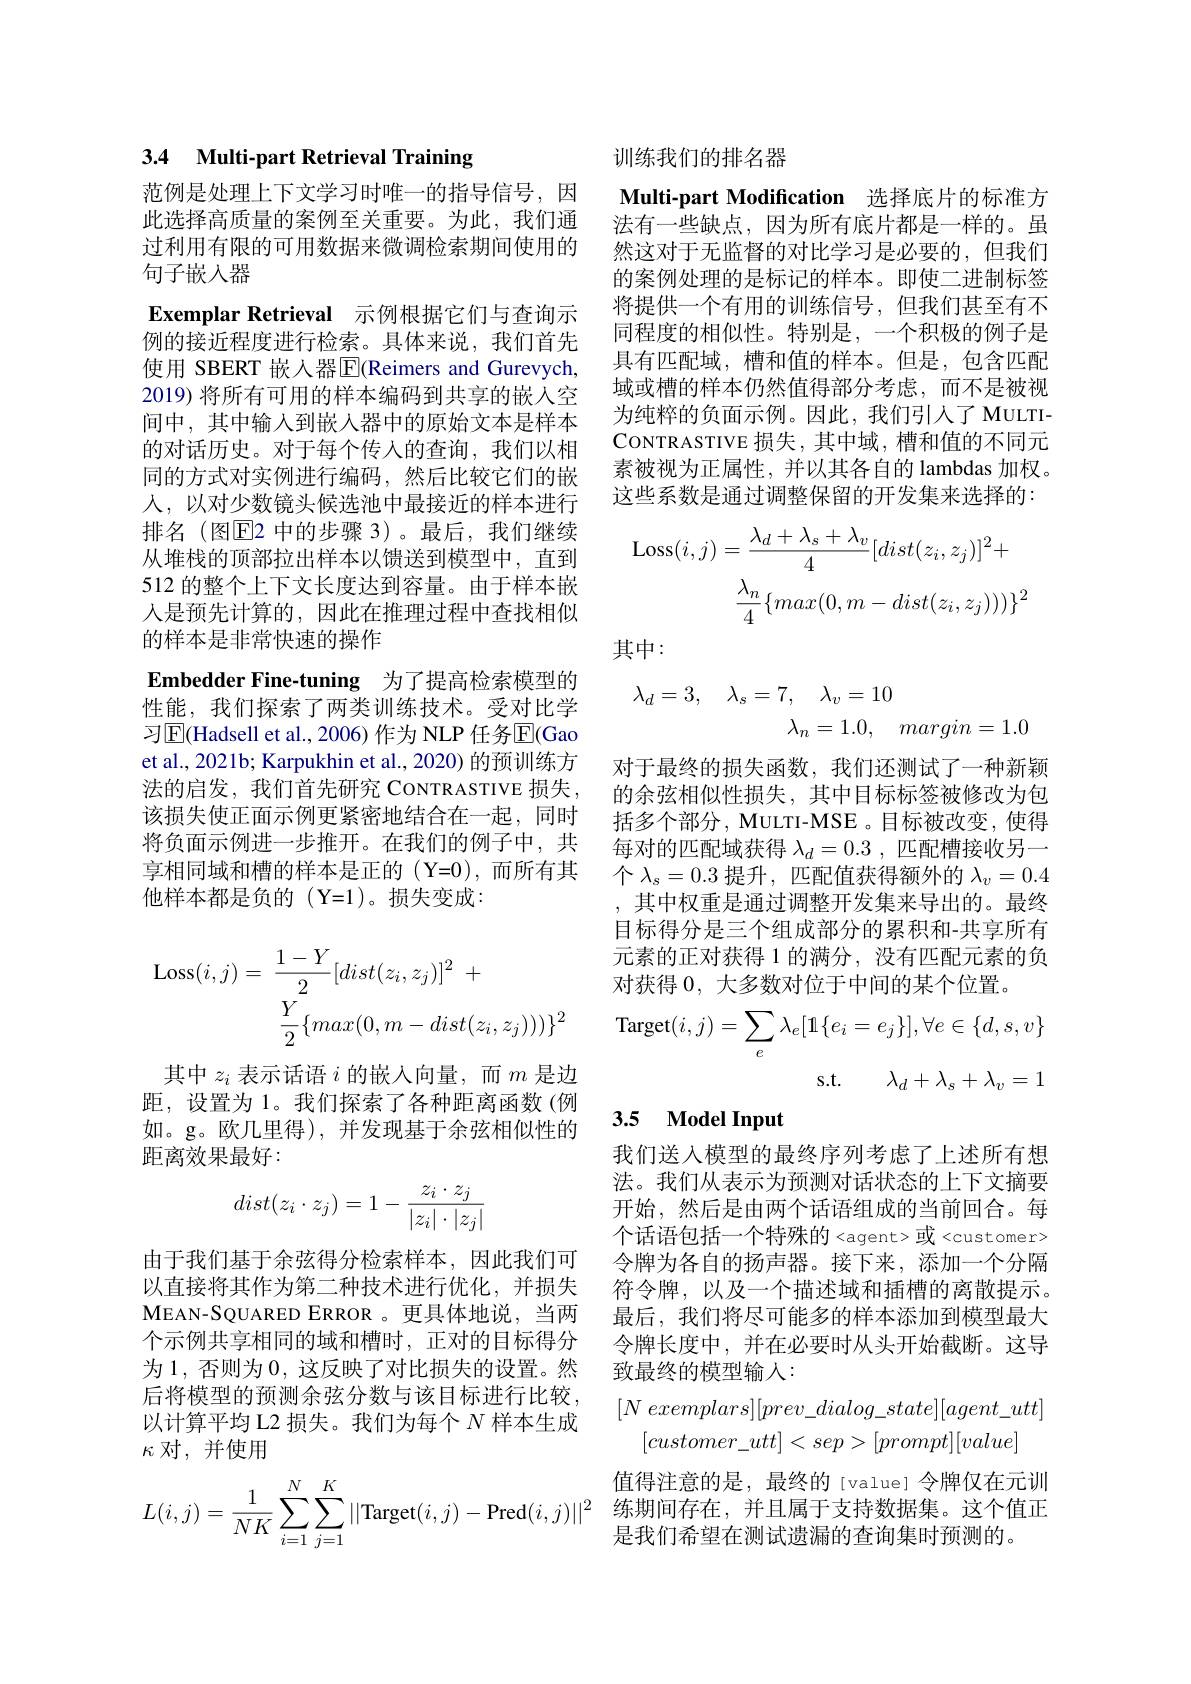
训练我们的排名器

Multi-part Modification 选择底片的标准方法有一些缺点，因为所有底片都是一样的。虽然这对于无监督的对比学习是必要的，但我们的案例处理的是标记的样本。即使二进制标签将提供一个有用的训练信号，但我们甚至有不同程度的相似性。特别是，一个积极的例子是具有匹配域，槽和值的样本。但是，包含匹配域或槽的样本仍然值得部分考虑，而不是被视为纯粹的负面示例。因此，我们引人了 MULTICONTRASTIVE损失，其中域，槽和值的不同元素被视为正属性，并以其各自的 lambdas 加权。这些系数是通过调整保留的开发集来选择的：
$$\mathrm{Loss}(i,j)=\frac{\lambda_{d}+\lambda_{s}+\lambda_{v}}{4}[dist(z_{i},z_{j})]^{2}+\\\frac{\lambda_{n}}{4}\{max(0,m-dist(z_{i},z_{j})))\}^{2}$$
其中：

3.4 Multi-part Retrieval Training

范例是处理上下文学习时唯一的指导信号，因此选择高质量的案例至关重要。为此，我们通过利用有限的可用数据来微调检索期间使用的句子嵌入器
Exemplar Retrieval 示例根据它们与查询示例的接近程度进行检索。具体来说，我们首先使用 SBERT 嵌入器$\overline{\mathbb{E}}($Reimers and Gurevych, 2019) 将所有可用的样本编码到共享的嵌人空间中，其中输入到嵌入器中的原始文本是样本的对话历史。对于每个传入的查询，我们以相同的方式对实例进行编码，然后比较它们的嵌人，以对少数镜头候选池中最接近的样本进行排名(图$\overline{\mathrm{E}}$2 中的步骤 3)。最后，我们继续从堆栈的顶部拉出样本以馈送到模型中，直到512 的整个上下文长度达到容量。由于样本嵌人是预先计算的，因此在推理过程中查找相似的样本是非常快速的操作
Embedder Fine-tuning 为了提高检索模型的性能，我们探索了两类训练技术。受对比学习$\boxed{\mathrm{E}}$(Hadsell et al., 2006) 作为 NLP 任务$\boxed{\mathrm{F}}($Gao et al., 2021b; Karpukhin et al., 2020) 的预训练方法的启发，我们首先研究 CoNTRASTIVE 损失， 该损失使正面示例更紧密地结合在一起，同时将负面示例进一步推开。在我们的例子中，共享相同域和槽的样本是正的(Y=0),而所有其他样本都是负的(Y=1)。损失变成：
$$\begin{aligned}\operatorname{Loss}(i,j)&=\:\frac{1-Y}{2}[dist(z_{i},z_{j})]^{2}\:+\\&\frac{Y}{2}\{max(0,m-dist(z_{i},z_{j})))\}^{2}\end{aligned}$$
其中$z_i$表示话语$i$的嵌入向量，而$m$是边距，设置为 1。我们探索了各种距离函数(例如。g。欧几里得),并发现基于余弦相似性的距离效果最好：
$$dist(z_i\cdot z_j)=1-\frac{z_i\cdot z_j}{|z_i|\cdot|z_j|}$$
由于我们基于余弦得分检索样本，因此我们可以直接将其作为第二种技术进行优化，并损失$\mathbf{M}$EAN-SQUARED ERROR 。更具体地说，当两个示例共享相同的域和槽时，正对的目标得分为 1, 否则为0，这反映了对比损失的设置。然后将模型的预测余弦分数与该目标进行比较， 以计算平均 L2 损失。我们为每个$N$样本生成$\kappa$ 对，并使用
$$L(i,j)=\dfrac{1}{NK}\sum_{i=1}^N\sum_{j=1}^K||\text{Target}(i,j)-\text{Pred}(i,j)||^2$$
$$\begin{aligned}\lambda_d=3,\quad\lambda_s=7,\quad\lambda_v=10\\\lambda_n=1.0,\quad margin=1.0\end{aligned}$$
对于最终的损失函数，我们还测试了一种新颖的余弦相似性损失，其中目标标签被修改为包括多个部分，MULTI-MSE 。目标被改变，使得每对的匹配域获得$\lambda_d=0.3$,匹配槽接收另一个$\lambda_s=0.3$提升，匹配值获得额外的$\lambda_v=0.4$ ,其中权重是通过调整开发集来导出的。最终目标得分是三个组成部分的累积和-共享所有元素的正对获得 1 的满分，没有匹配元素的负对获得0，大多数对位于中间的某个位置。
$$\text{Target}(i,j)=\sum_e\lambda_e[1\{e_i=e_j\}],\forall e\in\{d,s,v\}$$
s.t. $\lambda _d+ \lambda _s+ \lambda _v= 1$

## 3.5 Model Input

我们送入模型的最终序列考虑了上述所有想法。我们从表示为预测对话状态的上下文摘要开始，然后是由两个话语组成的当前回合。每个话语包括一个特殊的<agent>或<customer> 令牌为各自的扬声器。接下来，添加一个分隔符令牌，以及一个描述域和插槽的离散提示。最后，我们将尽可能多的样本添加到模型最大令牌长度中，并在必要时从头开始截断。这导致最终的模型输人：
$$[N\:exemplars][prev_dialog_state][agent_utt]\\[customer_utt]<sep>[prompt][value]$$
值得注意的是，最终的[value]令牌仅在元训练期间存在，并且属于支持数据集。这个值正是我们希望在测试遗漏的查询集时预测的。